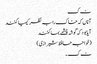
ٹ ک
آناں کہ خاک را بہ نظر کیمیا کنند
آیا بود کہ گوشہ چشمے بما کنند
(خواجہ حافظ شیرازی )
ٹ ک ۔